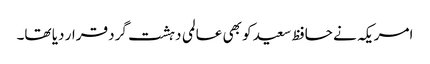
امریکہ نے حافظ سعید کو بھی عالمی دہشت گرد قرار دیا تھا۔